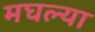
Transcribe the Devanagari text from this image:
मघल्या